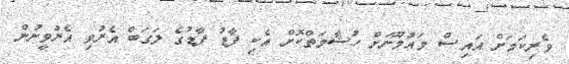
ވެރިކަމަށް އައިސް މައުމޫނަށް ހުޝާމަތްކޮށް އެކި ފާޑު ފާޑުގެ ލަގަބް އެރުވި އެރުވީނުން